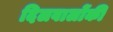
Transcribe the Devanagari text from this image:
दिलवालोंकी